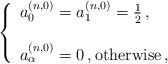
\begin{align*} \left \{ \begin{array}{l}a^{(n,0)}_0=a^{(n,0)}_1=\frac 1 2\,, \\ \\a^{(n,0)}_\alpha=0\,, \hbox{otherwise}\,,\end{array} \right.\end{align*}